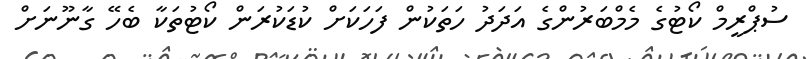
ސުޕްރީމް ކޯޓުގެ މެމްބަރުންގެ އަދަދު ހަތަކުން ފަހަކަށް ކުޑަކުރަން ކޯޓުތަކާ ބެހޭ ގާނޫނަށް